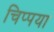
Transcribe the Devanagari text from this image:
चिप्पया